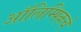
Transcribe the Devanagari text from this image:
आॅलिम्पिकचे